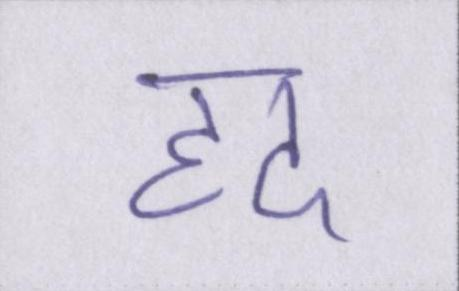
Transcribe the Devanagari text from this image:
हद